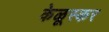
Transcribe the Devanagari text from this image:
केळूस्कर